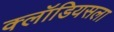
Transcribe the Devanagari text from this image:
क्लॉडियसला